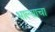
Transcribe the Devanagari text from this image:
भाल्याचा